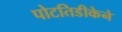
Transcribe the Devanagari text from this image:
पोटतिडीकेने